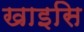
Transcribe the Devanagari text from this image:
खाइसि